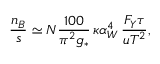
{ \frac { n _ { B } } { s } } \simeq { \cal N } { \frac { 1 0 0 } { \pi ^ { 2 } g _ { * } } } \, \kappa \alpha _ { W } ^ { 4 } \, { \frac { F _ { Y } \tau } { u T ^ { 2 } } } ,